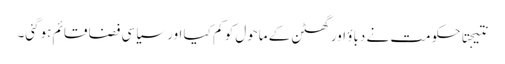
نتیجتا حکومت نے دباؤ اور گھٹن کے ماحول کو کم کیا اور سیاسی فضا قائم ہوگئی۔